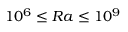
1 0 ^ { 6 } \le R a \le 1 0 ^ { 9 }